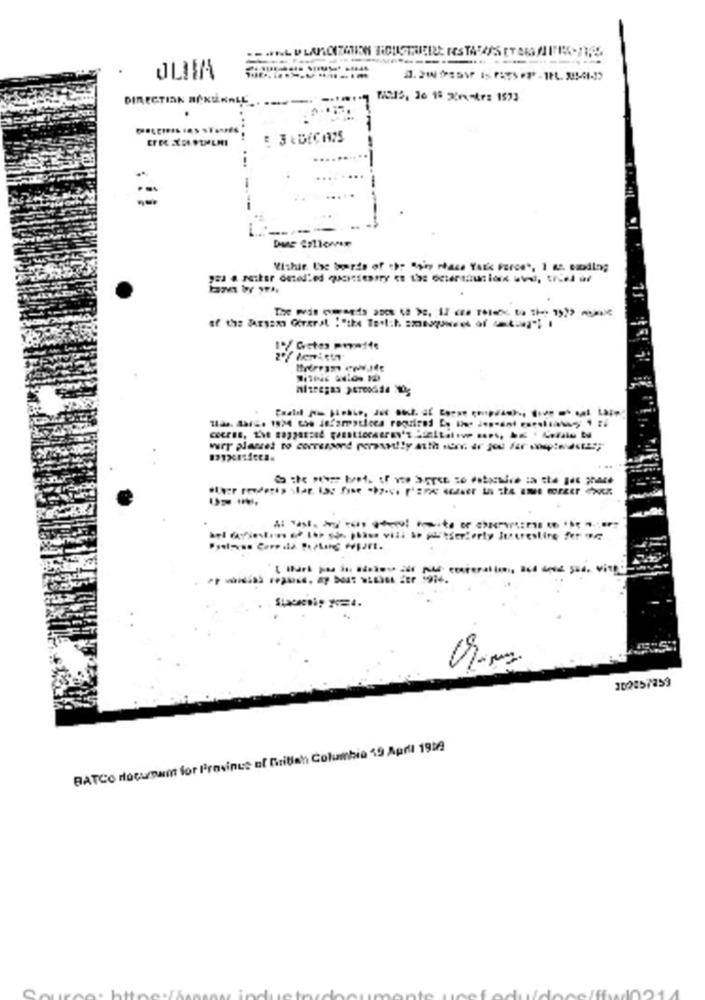
JUIIA
DIRECTION BOKSENALE ..
...
-
102857259
BATCO Hocusamt for Provinus of British Columbia 19 April 1918